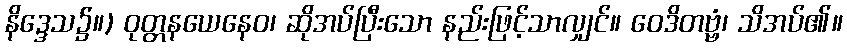
နိဒ္ဒေသ၌။) ဝုတ္တနယေနေဝ၊ ဆိုအပ်ပြီးသော နည်းဖြင့်သာလျှင်။ ဝေဒိတဗ္ဗံ၊ သိအပ်၏။